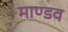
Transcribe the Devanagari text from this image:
माण्डव